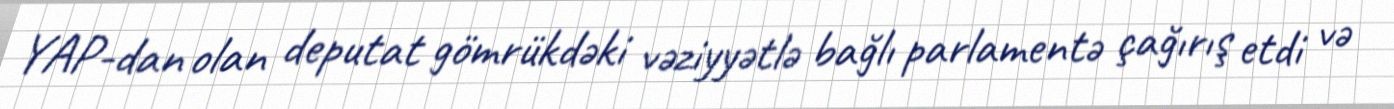
YAP-dan olan deputat gömrükdəki vəziyyətlə bağlı parlamentə çağırış etdi və